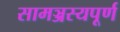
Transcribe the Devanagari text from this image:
सामञ्जस्यपूर्ण